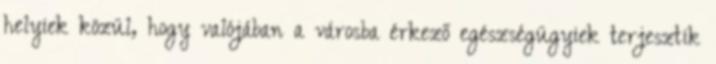
helyiek közül, hogy valójában a városba érkező egészségügyiek terjesztik